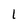
Character: I